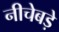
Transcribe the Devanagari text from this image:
नीचेबड़े